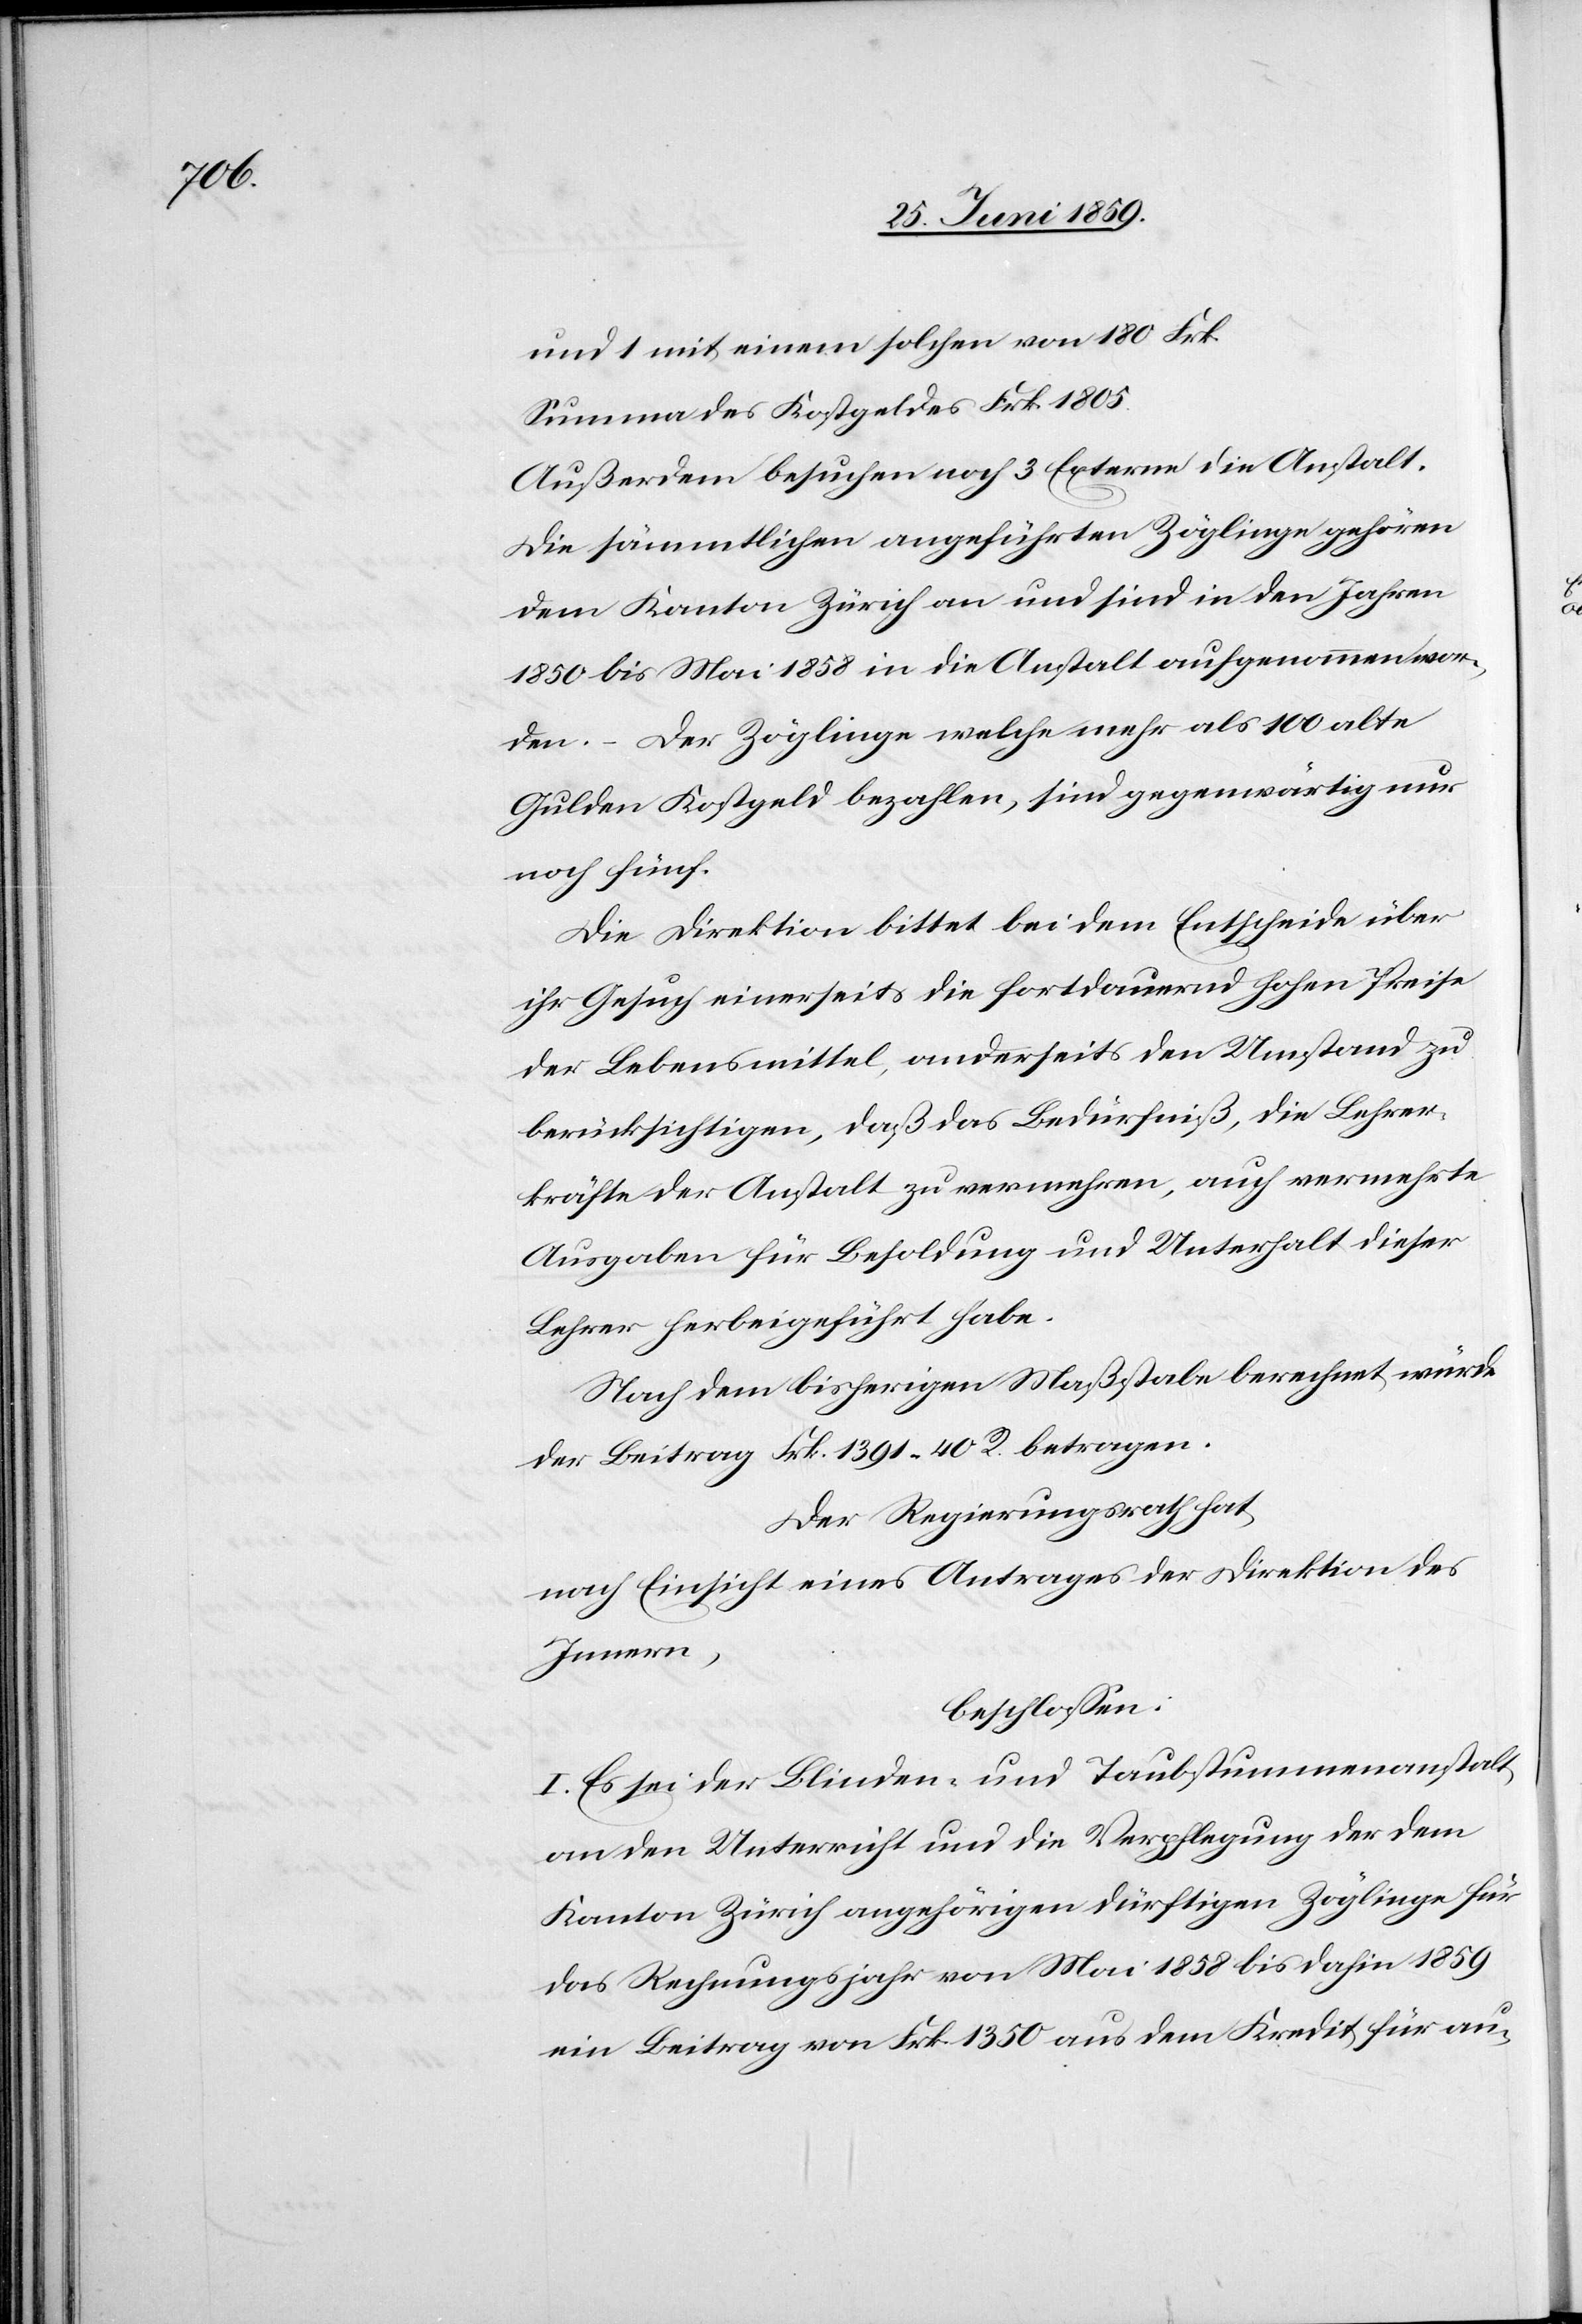
und 1 mit einem solchen von 180 Frk.
Summa des Kostgeldes Frk 1805.
Außerdem besuchen noch 3 Externe die Anstalt.
Die sämmtlichen angeführten Zöglinge gehören
dem Kanton Zürich an und sind in den Jahren
1850 bis Mai 1858 in die Anstalt aufgenommen wor¬
den. – Der Zöglinge welche mehr als 100 alte
Gulden Kostgeld bezahlen, sind gegenwärtig nur
noch fünf.
Die Direktion bittet bei dem Entscheide über
ihr Gesuch einerseits die fortdauernd hohen Preise
der Lebensmittel, anderseits den Umstand zu
berücksichtigen, daß das Bedürfniß, die Lehrer¬
kräfte der Anstalt zu vermehren, auch vermehrte
Ausgaben für Besoldung und Unterhalt dieser
Lehrer herbeigeführt habe.
Nach dem bisherigen Maßstabe berechnet würde
der Beitrag Frk. 1391.40 R. betragen.
Der Regierungsrath hat,
nach Einsicht eines Antrages der Direktion des
Innern,
beschlossen:
I. Es sei der Blinden- und Taubstummenanstalt
an den Unterricht und die Verpflegung der dem
Kanton Zürich angehörigen dürftigen Zöglinge für
das Rechnungsjahr von Mai 1858 bis dahin 1859
ein Beitrag von Frk. 1350 aus dem Kredit für au-